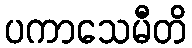
ပကာသေမီတိ